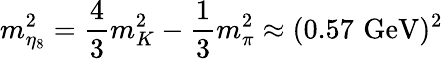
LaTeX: m_{\eta_{8}}^{2}={\frac{4}{3}}m_{K}^{2}-{\frac{1}{3}}m_{\pi}^{2}\approx(0.57\, \, \mathrm{GeV})^{2}